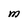
Character: M